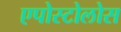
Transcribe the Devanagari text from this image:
एपोस्टोलोस